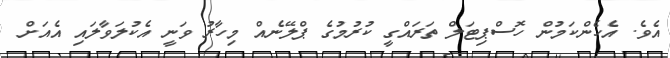
އެވެ. އެހެންކަމުން ހޮސްޕިޓަލް ތަރައްގީ ކުރުމުގެ ޕްލޭނެއް މިހާރު ވަނީ އެކުލަވާލައި އެއަށް